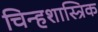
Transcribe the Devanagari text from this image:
चिन्हशास्त्रिक